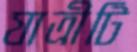
যাত্রীটি